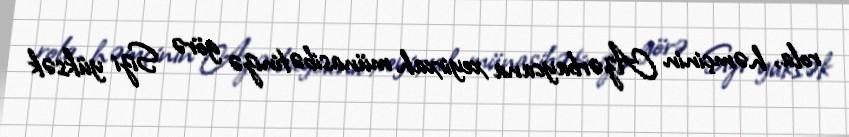
rola, həmçinin Azərbaycana xeyirxah münasibətinizə görə Sizi yüksək